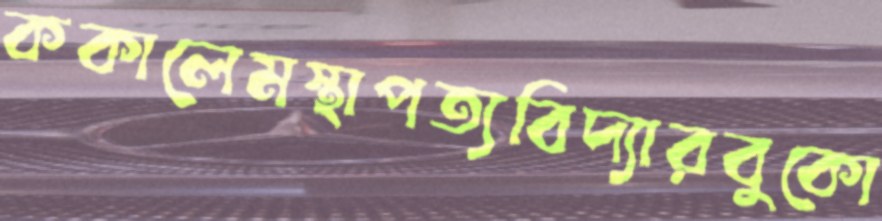
ককালেমস্থাপত্যবিদ্যারবুকো